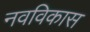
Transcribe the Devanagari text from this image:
नवविकास